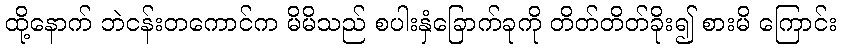
ထို့နောက် ဘဲငန်းတကောင်က မိမိသည် စပါးနှံခြောက်ခုကို တိတ်တိတ်ခိုး၍ စားမိ ကြောင်း